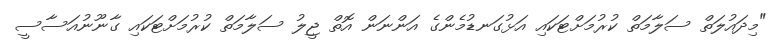
"މިދައުލަތް ސަލާމަތް ކުރުމަށްޓަކައި އަޅުގަނޑުމެންގެ އަންނަން އޮތް ޖީލު ސަލާމަތް ކުރުމަށްޓަކައި ގާނޫނުއަސާސީ